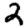
Digit: 2